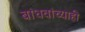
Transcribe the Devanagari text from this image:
बांधवांच्याही